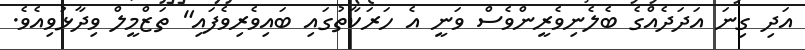
އަދި ގިނަ އަދަދެއްގެ ބެލެނިވެރީންވެސް ވަނީ އެ ހަރަކާތުގައި ބައިވެރިވެފައި" ތަޒްމީލް ވިދާޅުވިއެވެ.